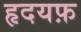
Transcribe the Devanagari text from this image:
हृदयफ़